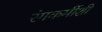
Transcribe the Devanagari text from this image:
रंगकर्मीशी